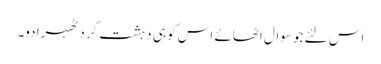
اس لئے جو سوال اٹھائے اس کو ہی دہشت گرد ٹھہرا دو۔